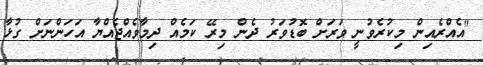
"އެއްރެއިން މިކުރެވުނީ ވަރަށް ބޮޑުވަރު ދެން މިރޭ ކަމެއް ދިމާވެއްޖެއްޔާ އަހަންނަށް ގުޅާ